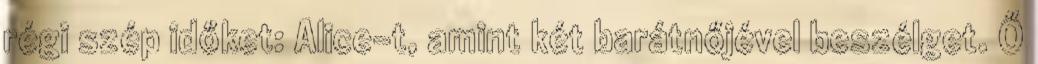
régi szép időket: Alice-t, amint két barátnőjével beszélget. Ő